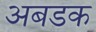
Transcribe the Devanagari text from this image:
अबडक